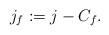
LaTeX: \begin{align*}j_f:= j-C_f.\end{align*}